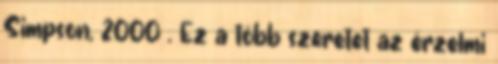
Simpson, 2000 . Ez a több szeretet az érzelmi